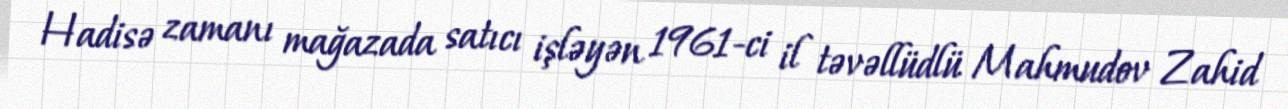
Hadisə zamanı mağazada satıcı işləyən 1961-ci il təvəllüdlü Mahmudov Zahid